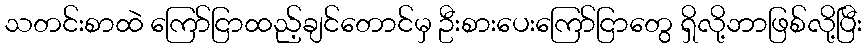
သတင်းစာထဲ ကြော်ငြာထည့်ချင်တောင်မှ ဦးစားပေးကြော်ငြာတွေ ရှိလို့ဘာဖြစ်လို့ပြီး